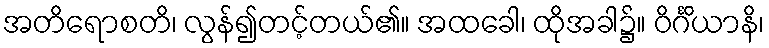
အတိရောစတိ၊ လွန်၍တင့်တယ်၏။ အထခေါ၊ ထိုအခါ၌။ ဝိင်္ဂိယာနိ၊